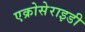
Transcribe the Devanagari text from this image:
एक्रोसेराइडी